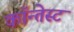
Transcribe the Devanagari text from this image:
कॉन्तेस्ट